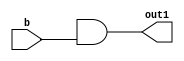
module VAR_NR_OUTR (b, out1); 
   input b; 
   output reg out1;
   wire [2:0] q; 
   always @(b or q)   
   out1 = q[4] & b; 
endmodule